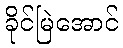
ခိုင်မြဲအောင်